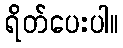
ရိတ်ပေးပါ။